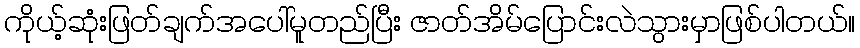
ကိုယ့်ဆုံးဖြတ်ချက်အပေါ်မူတည်ပြီး ဇာတ်အိမ်ပြောင်းလဲသွားမှာဖြစ်ပါတယ်။